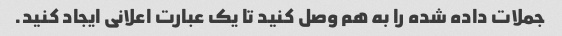
جملات داده شده را به هم وصل کنید تا یک عبارت اعلانی ایجاد کنید.